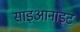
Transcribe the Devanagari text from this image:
साइआनाइट